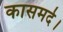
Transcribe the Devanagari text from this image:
कासमर्द।